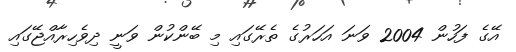
އޭގެ ފަހުން 2004 ވަނަ އަހަރުގެ ތެރޭގައި މި ބޭންކުން ވަނީ ދިވެހިރާއްޖޭގައި